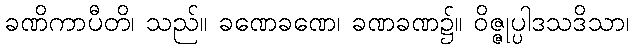
ခဏိကာပီတိ၊ သည်။ ခဏေခဏေ၊ ခဏခဏ၌။ ဝိဇ္ဇုပ္ပါဒသဒိသာ၊